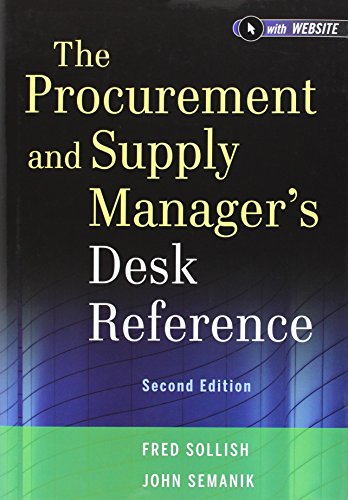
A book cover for The Procurement and Supply Manager's Desk Reference; Fred Sollish; Business & Money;